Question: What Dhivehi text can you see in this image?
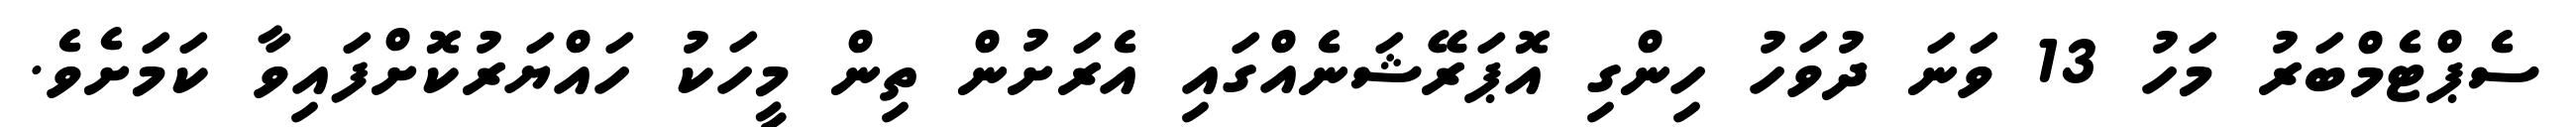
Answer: ސެޕްޓެމްބަރު މަހު 13 ވަނަ ދުވަހު ހިންގި އޮޕަރޭޝަނެއްގައި އެރަށުން ތިން މީހަކު ހައްޔަރުކޮށްފައިވާ ކަމަށެވެ.